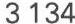
3134